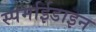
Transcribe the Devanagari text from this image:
स्पर्माईडाइन